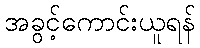
အခွင့်ကောင်းယူရန်